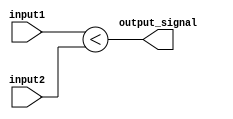
module less_than_comparator (
    input [31:0] input1,
    input [31:0] input2,
    output output_signal
);

assign output_signal = (input1 < input2);

endmodule